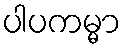
ပါပကမ္မာ